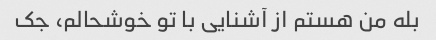
بله من هستم از آشنایی با تو خوشحالم، جک